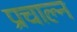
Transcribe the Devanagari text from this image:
प्रचाल्न